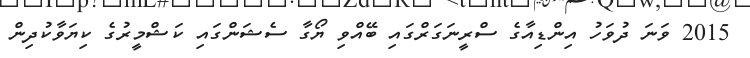
2015 ވަނަ ދުވަހު އިންޑިއާގެ ސްރީނަގަރްގައި ބޭއްވި ޔޯގާ ސެޝަންގައި ކަޝްމީރުގެ ކިޔަވާކުދިން